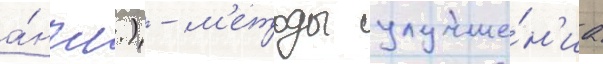
а́нгл.) - м'етоды улучше́н'иа